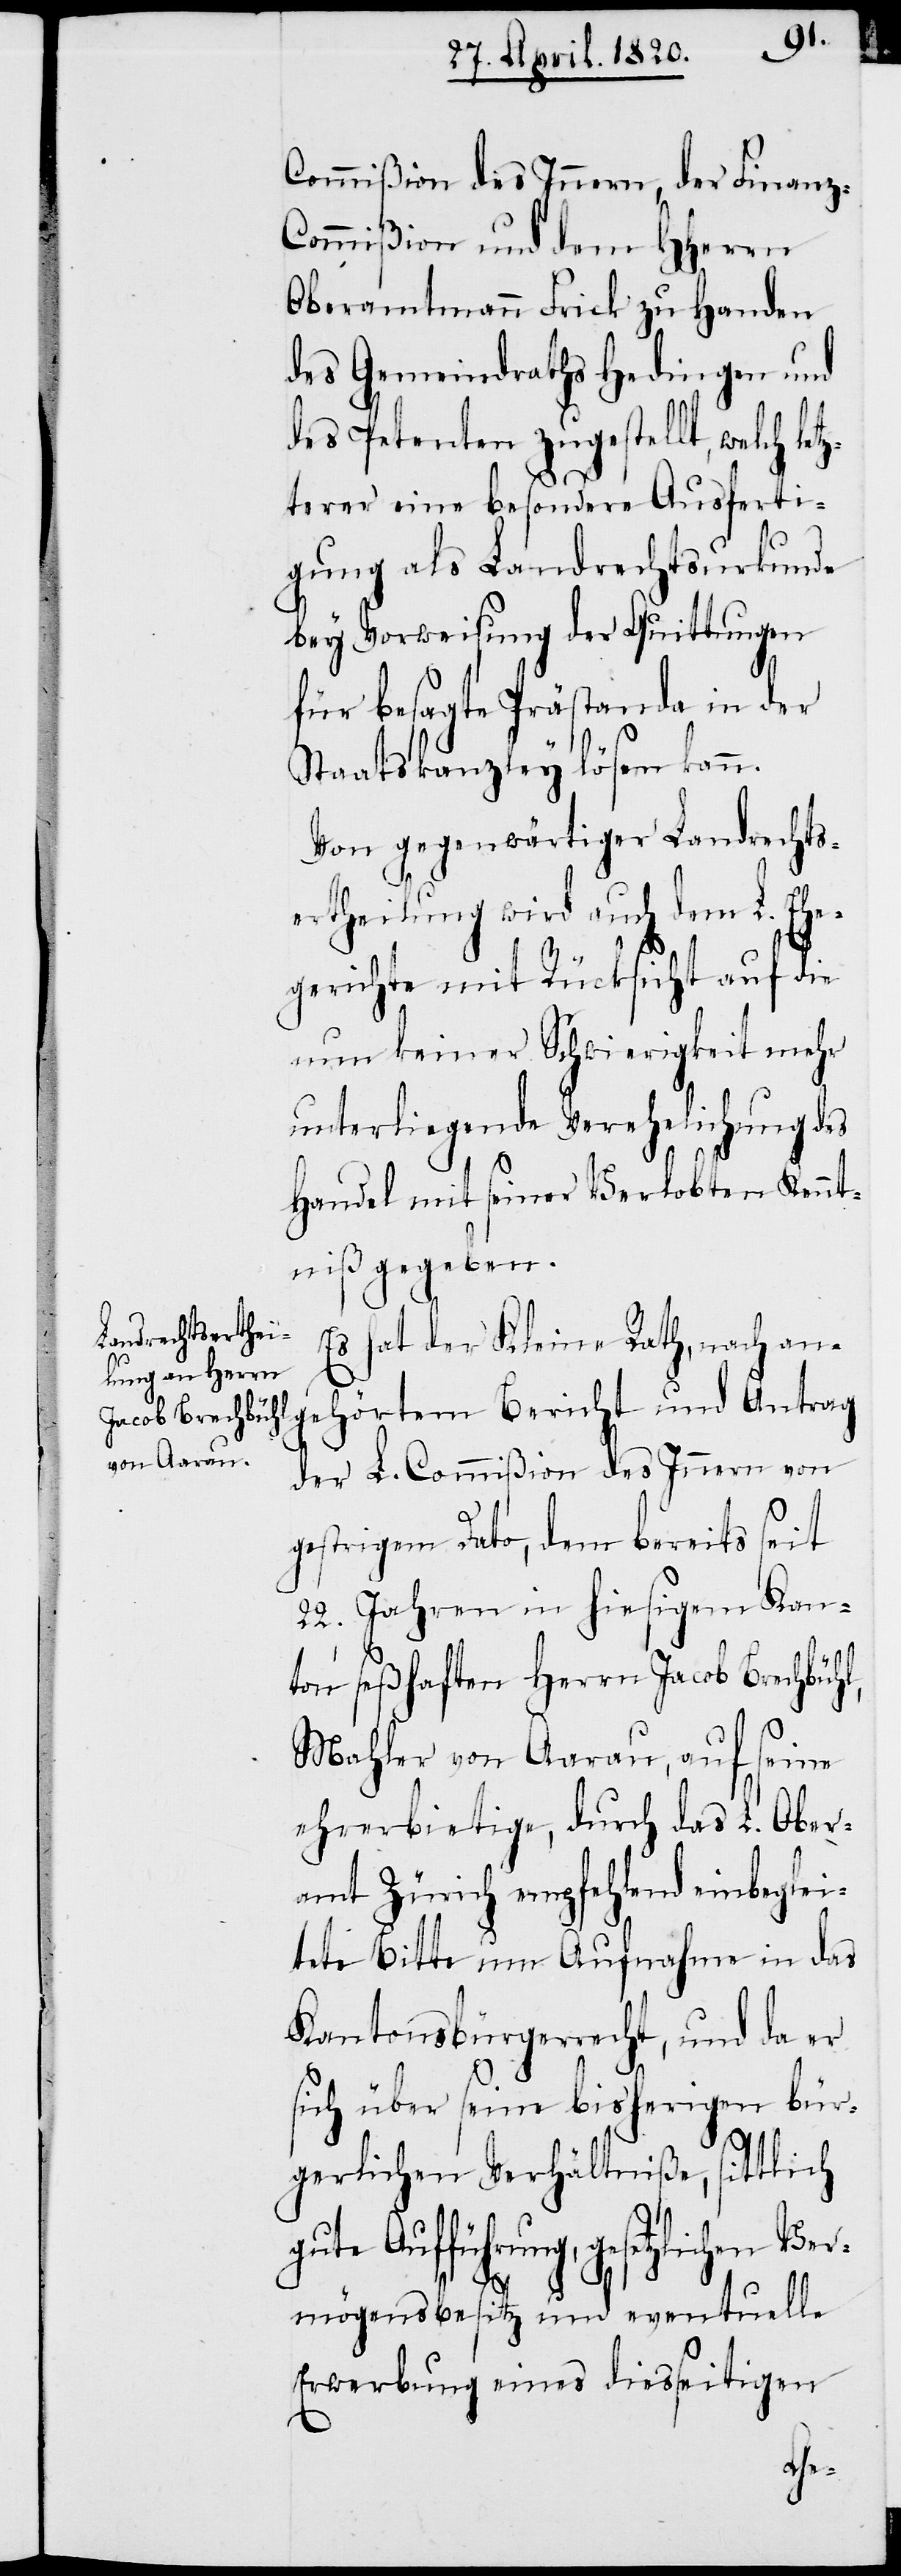
Commißion des Innern, der Finanz-C¬
ommißion und dem HHerrn
Oberamtmann Frick zu Handen
des Gemeindraths Hedingen und
des Petenten zugestellt, welch let¬
zterer eine besondere Ausferti¬
gung als Landrechtsurkunde
bey Vorweisung der Quittungen
für besagte Prästanda in der
Staatskanzley lösen kann.
Von gegenwärtiger Landrechts¬
ertheilung wird auch dem L. Ehe¬
gerichte mit Rücksicht auf die
um keiner Schwierigkeit mehr
unterliegende Verehelichung des
Handel mit seiner Verlobten Kennt¬
niβ gegeben.
Es hat der Kleine Rath, nach an¬
gehörtem Bericht und Antrag
der L. Commißion des Innern von
gestrigem Dato, dem bereits seit
22. Jahren in hiesigem Kan¬
ton seßhaften Herrn Jacob Brechbühl
Mahler von Aarau, auf seine
ehrerbietige, durch das L. Ober¬
amt Zürich empfehlend einbeglei¬
tete Bitte um Aufnahme in das
Kantonsbürgerrecht, und da er
sich über seine bisherigen bür¬
gerlichen Verhältniße, sittlich
te Aufführung, gesetzlichen
mögensbesitz und eventuelle
Erwerbung eines diesseitigen
Ver¬